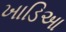
ખાડિઆ